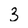
Character: 3